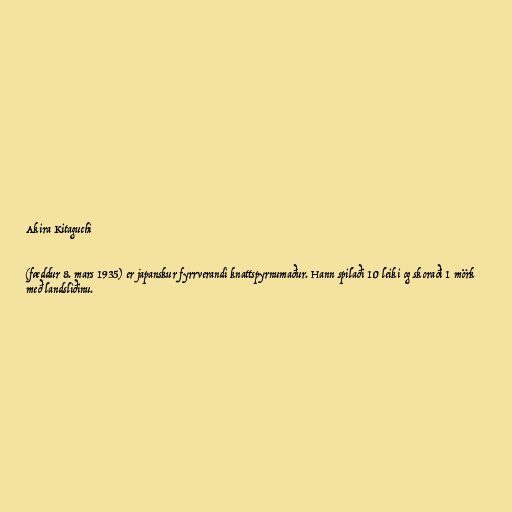
Akira Kitaguchi

(fæddur 8. mars 1935) er japanskur fyrrverandi knattspyrnumaður. Hann spilaði 10 leiki og skoraði 1 mörk
með landsliðinu.